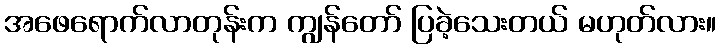
အဖေရောက်လာတုန်းက ကျွန်တော် ပြခဲ့သေးတယ် မဟုတ်လား။